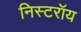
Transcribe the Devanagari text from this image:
निस्टरॉय